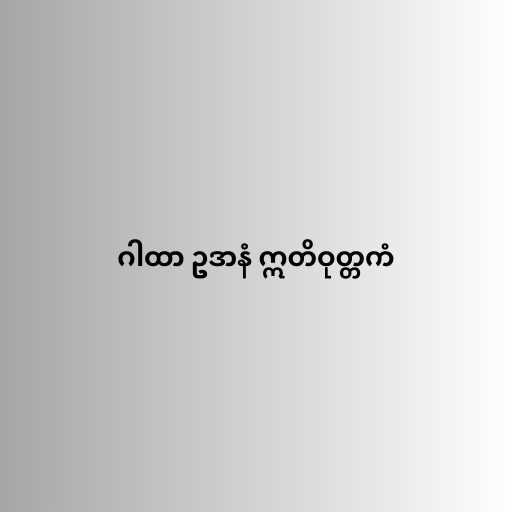
ဂါထာ ဥဒာနံ ဣတိဝုတ္တကံ